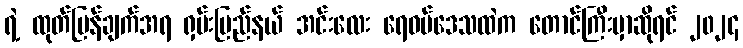
ရဲ့ ထုတ်ပြန်ချက်အရ ရှမ်းပြည်နယ် အင်းလေး ရေဝပ်ဒေသထဲက တောင်ကြီးမှာဆိုရင် ၂၀၂၄